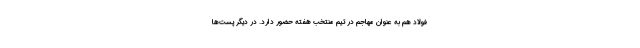
فولاد هم به عنوان مهاجم در تیم منتخب هفته حضور دارد. در دیگر پست‌ها